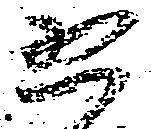
恐